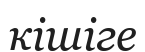
кішіге